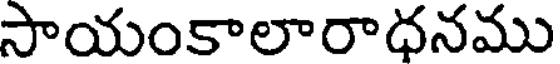
సాయంకాలారాధనము